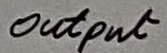
Text: Output